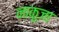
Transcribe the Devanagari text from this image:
नाकुजा